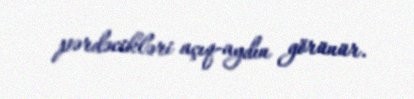
pərdəcikləri açıq-aydın görünür.